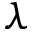
\lambda